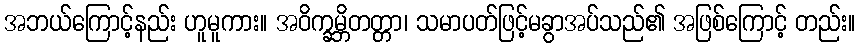
အဘယ်ကြောင့်နည်း ဟူမူကား။ အဝိက္ခမ္ဘိတတ္တာ၊ သမာပတ်ဖြင့်မခွာအပ်သည်၏ အဖြစ်ကြောင့် တည်း။